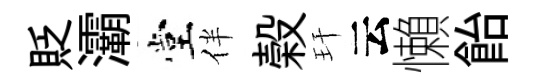
貶灞堂伴榖玕云懶飴